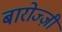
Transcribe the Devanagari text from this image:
बारोज्ज़ी